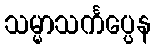
သမ္မာသင်္ကပ္ပေန